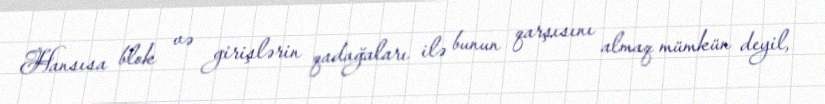
Hansısa blok və girişlərin qadağaları ilə bunun qarşısını almaq mümkün deyil,